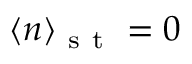
\langle n \rangle _ { \mathrm { ~ s ~ t ~ } } = 0